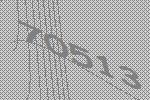
70513